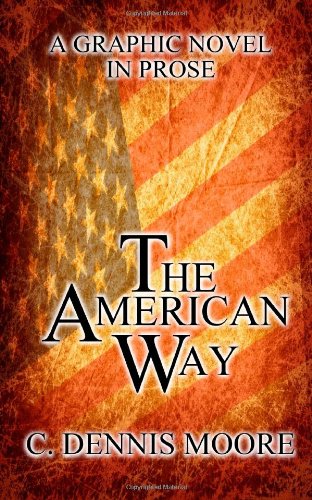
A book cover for The American Way; C. Dennis Moore; Literature & Fiction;